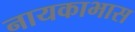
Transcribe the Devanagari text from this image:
नायकाभास